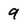
Character: 9